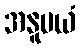
အနူပယံ